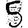
Digit: 5